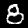
Digit: 8